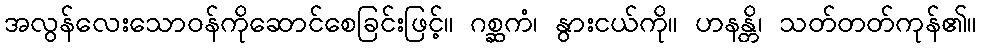
အလွန်လေးသောဝန်ကိုဆောင်စေခြင်းဖြင့်။ ဂစ္ဆကံ၊ နွားငယ်ကို။ ဟနန္တိ၊ သတ်တတ်ကုန်၏။